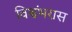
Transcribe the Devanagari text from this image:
विश्वंभरास